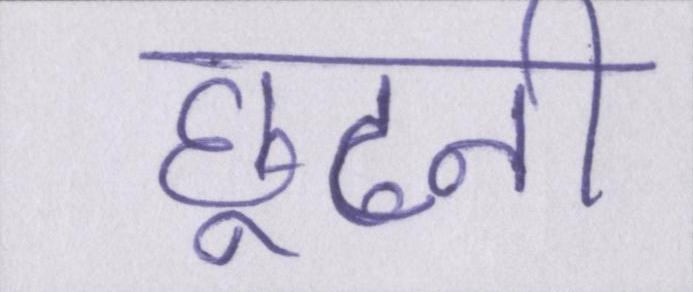
छूटनी